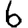
Digit: 6